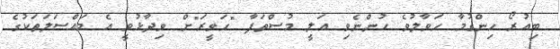
ބިއުރޯ ހިންގުމާ ހަވާލުވެ ހުންނެވި އަލީ މުސްތަފާ "ހަވީރަ"ށް ވިދާޅުވީ އެ މައްސަލަތަކުގެ